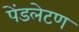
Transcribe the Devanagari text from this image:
पेंडलेटण